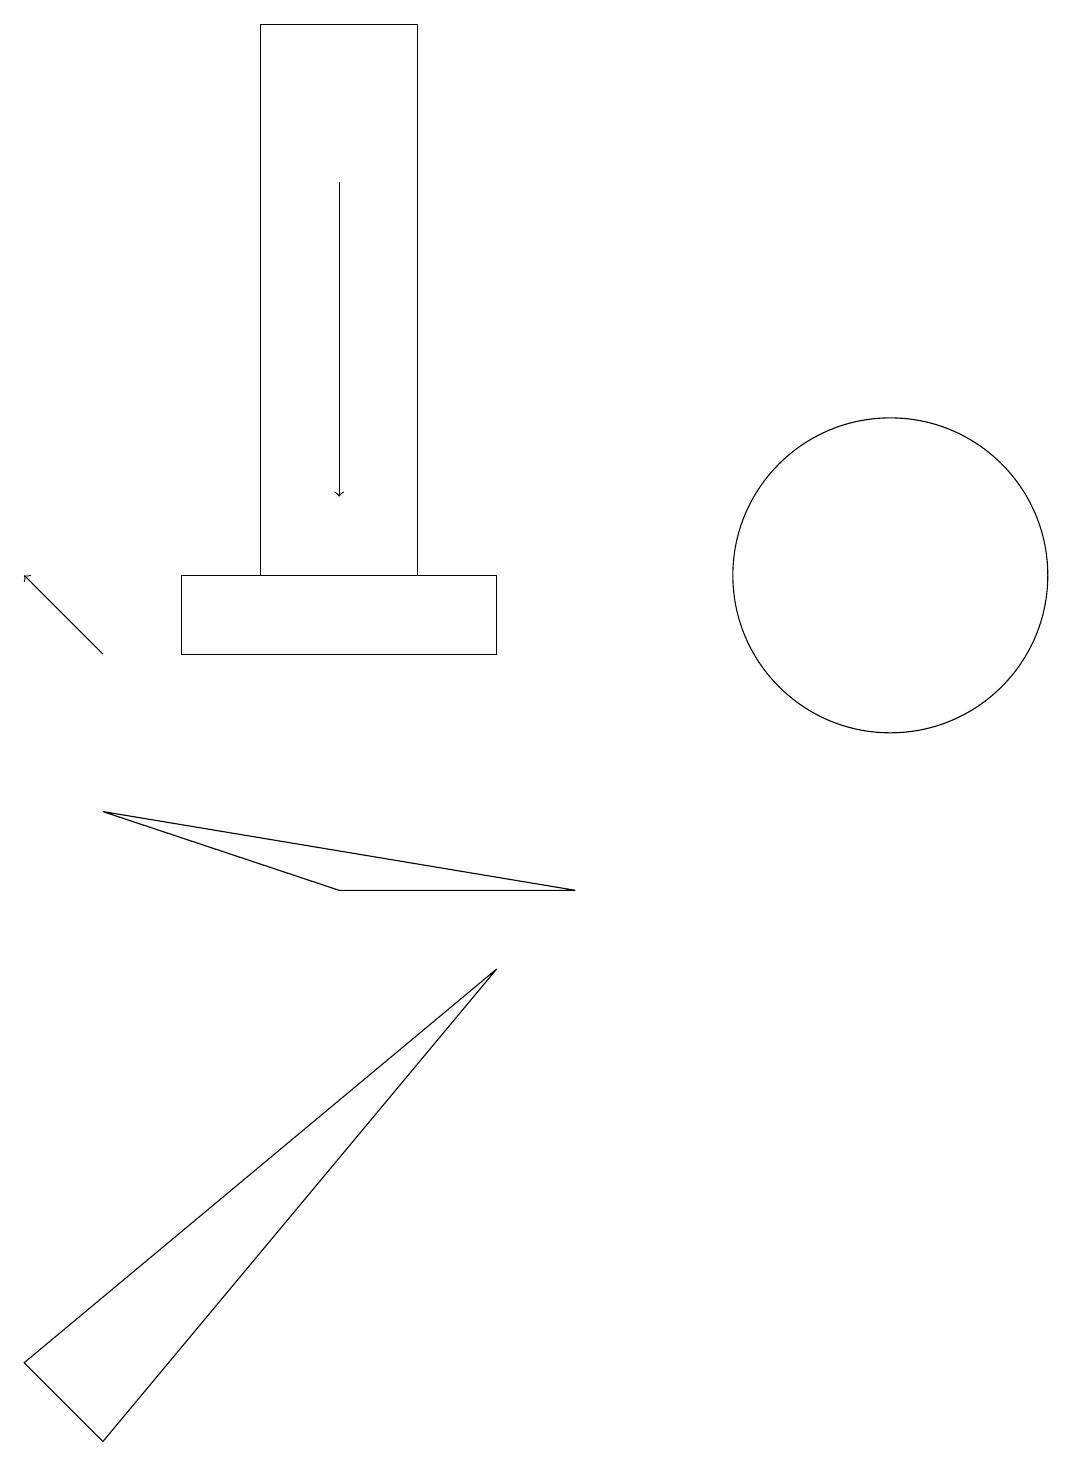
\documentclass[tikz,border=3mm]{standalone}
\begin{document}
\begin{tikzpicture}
\draw (7,7) -- (4,7) -- (1,8) -- cycle;
\draw (0,1) -- (6,6) -- (1,0) -- cycle;
\draw[->] (1,10) -- (0,11);
\draw (11,11) circle (2);
\draw (5,18) rectangle (3,11);
\draw[->] (4,16) -- (4,12);
\draw (2,10) rectangle (6,11);
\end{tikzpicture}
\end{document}